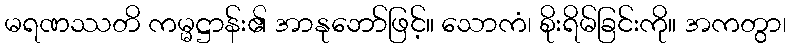
မရဏဿတိ ကမ္မဋ္ဌာန်း၏ အာနုဘော်ဖြင့်။ သောကံ၊ စိုးရိမ်ခြင်းကို။ အကတွာ၊